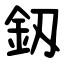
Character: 釼